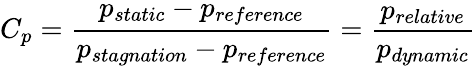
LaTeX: C_{p}=\frac{p_{static}-p_{reference}}{p_{stagnation}-p_{reference}}=\frac{p_{relative}}{p_{dynamic}}